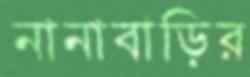
নানাবাড়ির